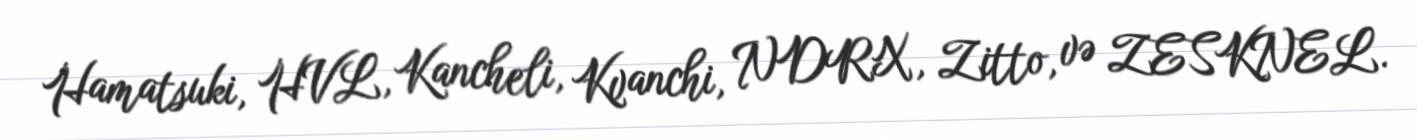
Hamatsuki, HVL, Kancheli, Kvanchi, NDRX, Zitto, və ZESKNEL.